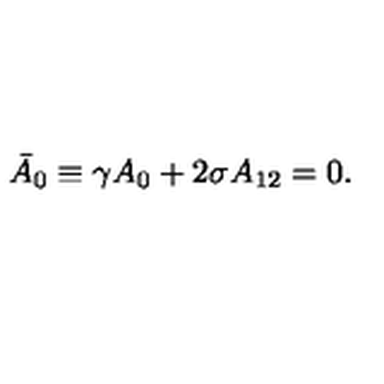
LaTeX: \bar { A } _ { 0 } \equiv \gamma A _ { 0 } + 2 \sigma A _ { 1 2 } = 0 .